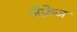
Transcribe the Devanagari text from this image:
जेफ्रेज